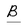
Character: B